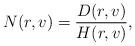
LaTeX: \begin{align*}N(r, v) = \frac{D(r, v)}{H(r, v)},\end{align*}